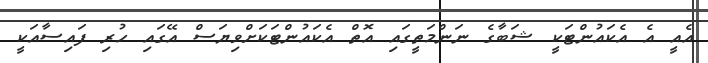
އެއީ އެ އެކައުންޓަކީ ޝަބާގެ ނަންމަތީގައި އޮތް އެކައުންޓަކަށްވިޔަސް އޭގައި ހުރި ފައިސާއަކީ